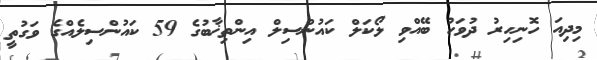
މިދިއަ ހޮނިހިރު ދުވަހު ބޭއްވި ލޯކަލް ކައުންސިލް އިންތިޚާބުގެ 59 ކައުންސިލެއްގެ ވަގުތީ